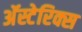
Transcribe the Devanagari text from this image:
अॅस्टेरिक्स